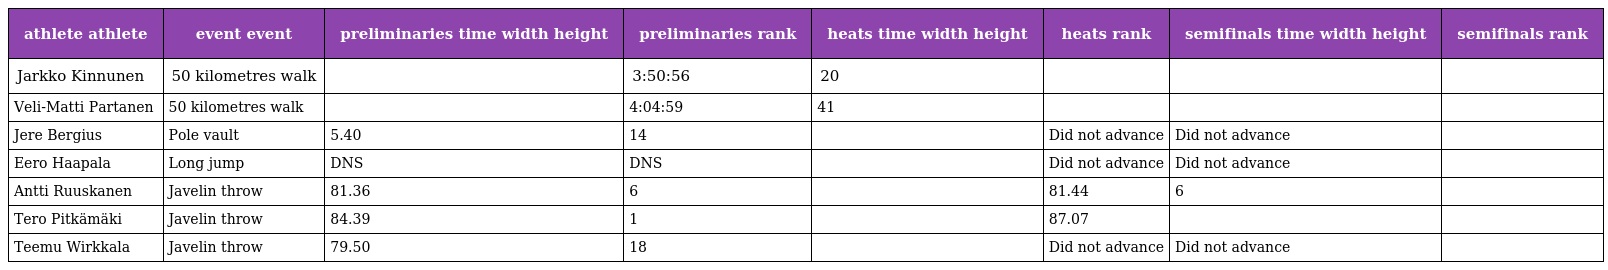
| athlete athlete | event event | preliminaries time width height | preliminaries rank | heats time width height | heats rank | semifinals time width height | semifinals rank |
 | --- | --- | --- | --- | --- | --- | --- | --- |
 | Jarkko Kinnunen | 50 kilometres walk |  | 3:50:56 | 20 |  |  |  |
 | Veli-Matti Partanen | 50 kilometres walk |  | 4:04:59 | 41 |  |  |  |
 | Jere Bergius | Pole vault | 5.40 | 14 |  | Did not advance | Did not advance |  |
 | Eero Haapala | Long jump | DNS | DNS |  | Did not advance | Did not advance |  |
 | Antti Ruuskanen | Javelin throw | 81.36 | 6 |  | 81.44 | 6 |  |
 | Tero Pitkämäki | Javelin throw | 84.39 | 1 |  | 87.07 |  |  |
 | Teemu Wirkkala | Javelin throw | 79.50 | 18 |  | Did not advance | Did not advance |  |